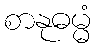
စာနုဓမ္မံ